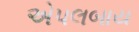
એપલબાય